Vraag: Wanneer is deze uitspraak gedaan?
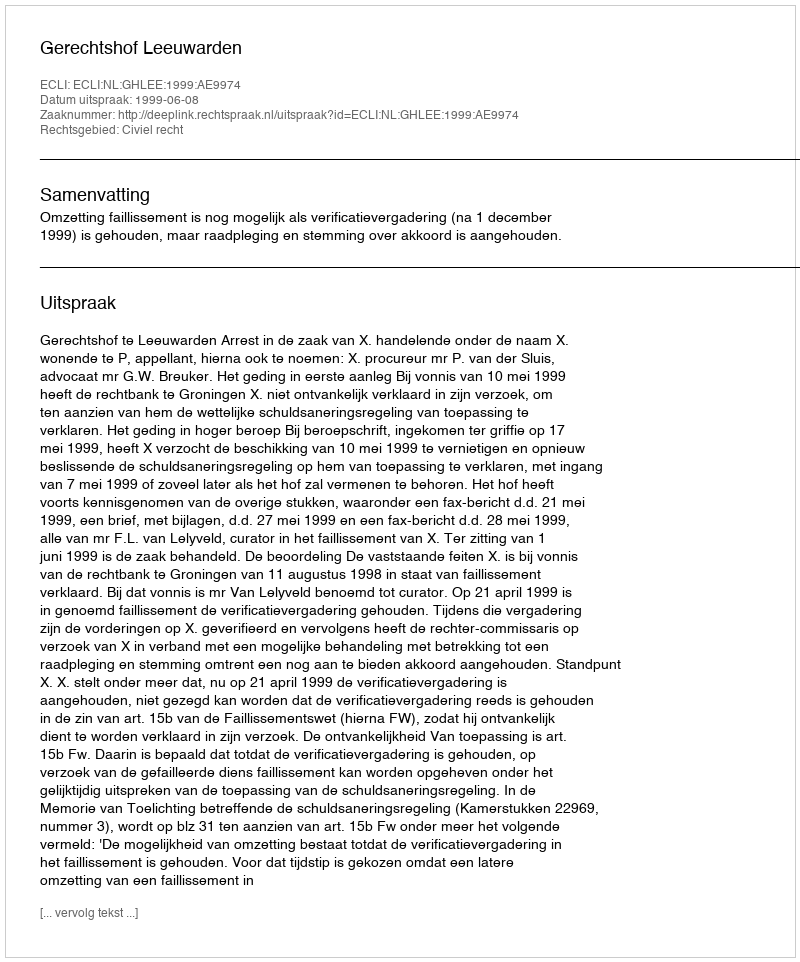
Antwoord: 1999-06-08